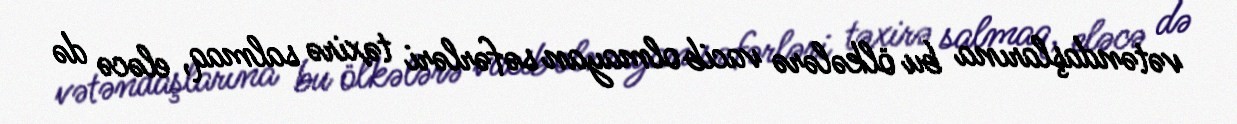
vətəndaşlarına bu ölkələrə vacib olmayan səfərləri təxirə salmaq, eləcə də